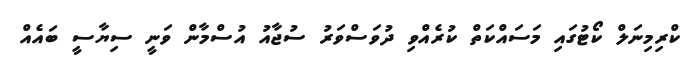
ކްރިމިނަލް ކޯޓުގައި މަސައްކަތް ކުރެއްވި ދުވަސްވަރު ސުޖާއު އުސްމާން ވަނީ ސިޔާސީ ބައެއް